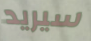
سيريد